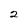
Character: 2